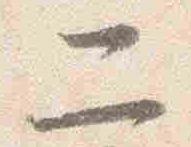
二